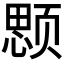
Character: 𱂲